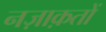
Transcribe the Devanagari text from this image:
नज़ाक़तों